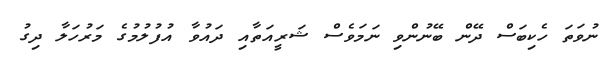
ނުވަތަ ހެކިބަސް ދޭން ބޭނުންވި ނަމަވެސް ޝަރީއަތާއި ދައުވާ އުފުލުމުގެ މަރުހަލާ ދިގު